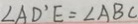
\angle A D ^ { \prime } E = \angle A B C